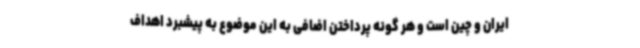
ایران و چین است و هر گونه پرداختن اضافی به این موضوع به پیشبرد اهداف